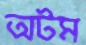
অটম